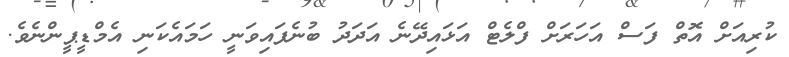
ކުރިއަށް އޮތް ފަސް އަހަރަށް ފްލެޓް އަޅައިދޭނެ އަދަދު ބުނެފައިވަނީ ހަމައެކަނި އެމްޑީޕީންނެވެ.